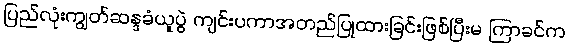
ပြည်လုံးကျွတ်ဆန္ဒခံယူပွဲ ကျင်းပကာအတည်ပြုထားခြင်းဖြစ်ပြီးမ ကြာခင်က